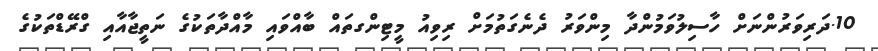
10.ދަރިވަރުންނަށް ހާސިލުވަމުންދާ މިންވަރު ދެނެގަތުމަށް ރިވިއު މީޓިންގތައް ބާއްވައި މާއްދާތަކުގެ ނަތީޖާއާއި ގްރޭޑްތަކުގެ